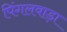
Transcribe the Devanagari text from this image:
पिंगलवाड़ा